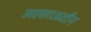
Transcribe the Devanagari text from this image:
अल्लाऊदीन